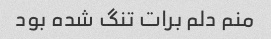
منم دلم برات تنگ شده بود